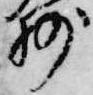
紗